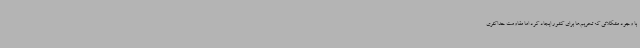
با وجود مشکلاتی که تحریم‌ها برای کشور ایجاد کرد اما مقاومت حداکثری